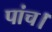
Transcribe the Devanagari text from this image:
पांच।